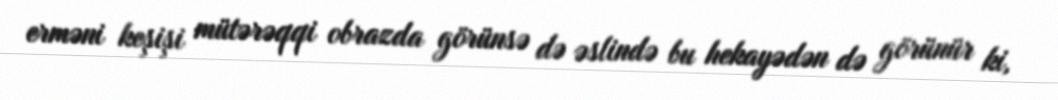
erməni keşişi mütərəqqi obrazda görünsə də əslində bu hekayədən də görünür ki,